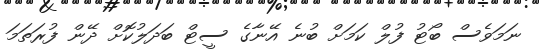
ނަމަވެސް ބޯޓު ފުލް ކަމަށް ބުނެ އޭނާގެ ސީޓް ބަދަލުކޮށް ދޭން ފުރަތަމަ